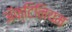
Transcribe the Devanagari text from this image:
अॅक्टिनियम